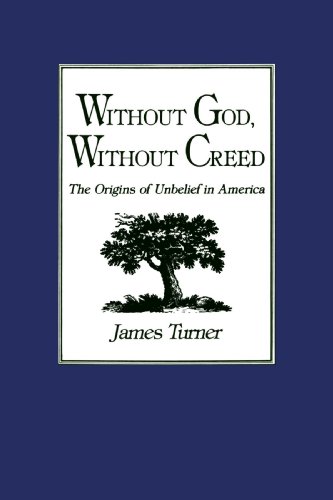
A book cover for Without God, Without Creed: The Origins of Unbelief in America (New Studies in American Intellectual and Cultural History); James C. Turner; Religion & Spirituality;